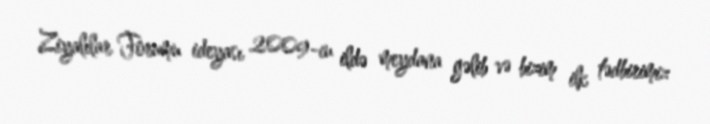
Ziyalılar Forumu ideyası 2009-cu ildə meydana gəlib və bizim ilk tədbirimiz